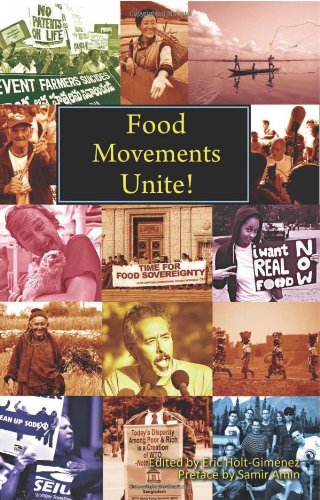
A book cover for Food Movements Unite!: Strategies to Transform Our Food System; Samir Amin; Science & Math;